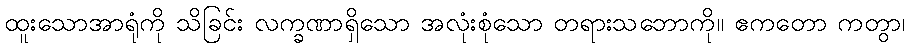
ထူးသောအာရုံကို သိခြင်း လက္ခဏာရှိသော အလုံးစုံသော တရားသဘောကို။ ဧကတော ကတွာ၊